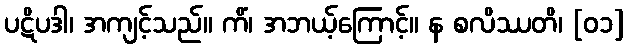
ပဋိပဒါ၊ အကျင့်သည်။ ကိံ၊ အဘယ့်ကြောင့်။ န စလိဿတိ၊ [၀၁]